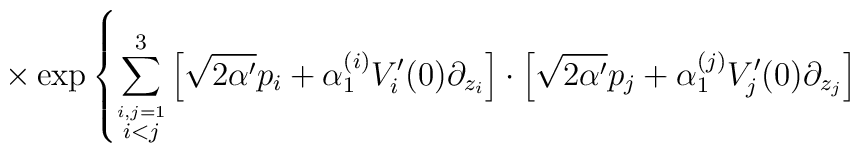
\times \exp \left\{  \sum_{\stackrel{i,j=1}{i<j}}^{3}\left[ \sqrt{ 2 \alpha ^{\prime }}p_{i}+\alpha _{1}^{(i)}V_{i}^{\prime }(0)\partial _{z_{i}}\right] \cdot\left[ \sqrt{ 2\alpha ^{\prime }}p_{j}+\alpha _{1}^{(j)}V_{j}^{\prime}(0)\partial _{z_{j}}\right] \right.